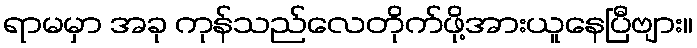
ရာမမှာ အခု ကုန်သည်လေတိုက်ဖို့အားယူနေပြီဗျား။